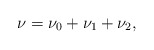
\begin{align*}\nu=\nu_0+\nu_1+\nu_2,\end{align*}